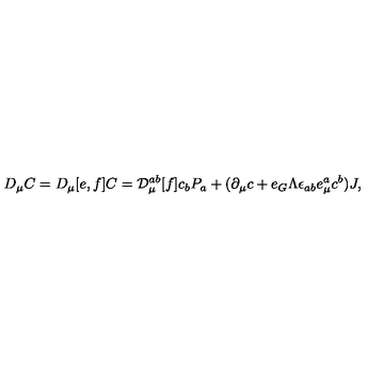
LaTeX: D _ { \mu } C = D _ { \mu } [ e , f ] C = { \cal D } _ { \mu } ^ { a b } [ f ] c _ { b } P _ { a } + ( \partial _ { \mu } c + e _ { G } \Lambda \epsilon _ { a b } e _ { \mu } ^ { a } c ^ { b } ) J ,